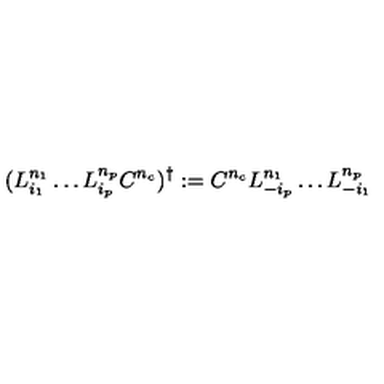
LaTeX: ( L _ { i _ { 1 } } ^ { n _ { 1 } } \ldots L _ { i _ { p } } ^ { n _ { p } } C ^ { n _ { c } } ) ^ { \dagger } : = C ^ { n _ { c } } L _ { - i _ { p } } ^ { n _ { 1 } } \ldots L _ { - i _ { 1 } } ^ { n _ { p } }